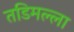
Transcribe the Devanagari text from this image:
तडिमल्ला